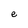
Character: e